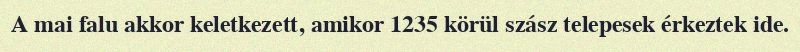
A mai falu akkor keletkezett, amikor 1235 körül szász telepesek érkeztek ide.